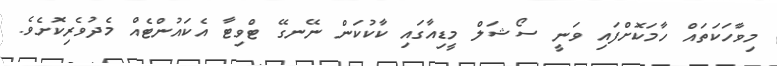
މިވާހަކަތައް ހާމަކޮށްފައި ވަނީ ސޯޝަލް މީޑިއާގައި ކާކުކަން ނޭނގޭ ޓްވިޓާ އެކައުންޓެއް މެދުވެރިކޮށެވެ.